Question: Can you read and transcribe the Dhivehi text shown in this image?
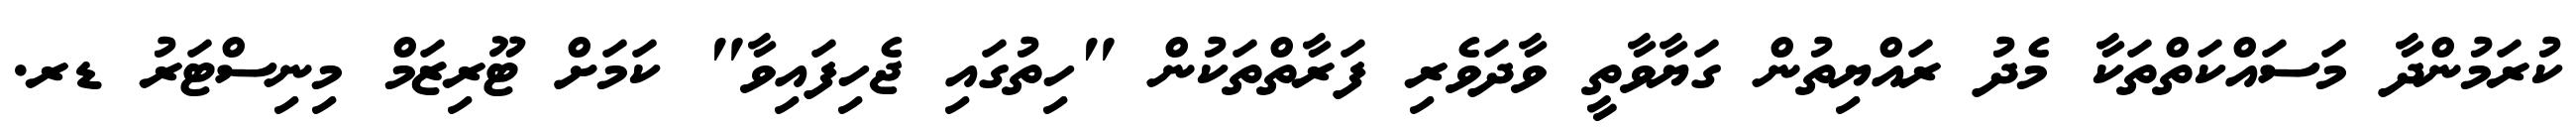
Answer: ކުރަމުންދާ މަސައްކަތްތަކާ މެދު ރައްޔިތުން ގަޔާވާތީ ވާދަވެރި ފަރާތްތަކުން "ހިތުގައި ޖެހިފައިވާ" ކަމަށް ޓޫރިޒަމް މިނިސްޓަރު ޑރ.